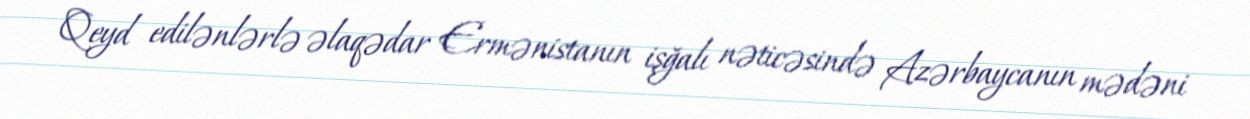
Qeyd edilənlərlə əlaqədar Ermənistanın işğalı nəticəsində Azərbaycanın mədəni